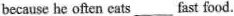
because he often cats___fast food.